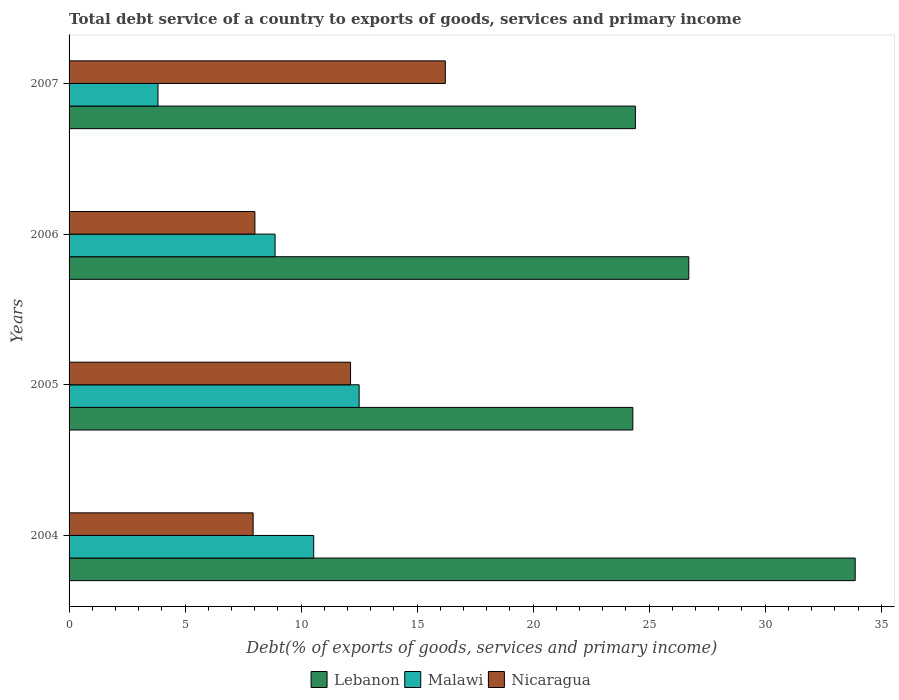
| Years | Lebanon | Malawi | Nicaragua |
 | --- | --- | --- | --- |
 | 2004 | 33.9 | 10.5 | 7.93 |
 | 2005 | 24.3 | 12.5 | 12.1 |
 | 2006 | 26.7 | 8.88 | 8.01 |
 | 2007 | 24.4 | 3.83 | 16.2 |